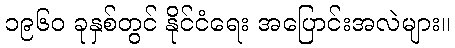
၁၉၆၀ ခုနှစ်တွင် နိုင်ငံရေး အပြောင်းအလဲများ။